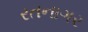
રતનાગર